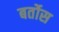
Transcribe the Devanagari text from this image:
बर्तोस